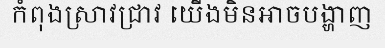
កំពុងស្រាវជ្រាវ យើងមិនអាចបង្ហាញ